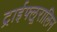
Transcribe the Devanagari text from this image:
ट्राईफ्लूरालिन